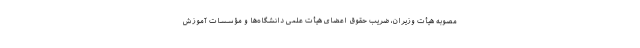
مصوبه هیأت وزیران، ضریب حقوق اعضای هیأت علمی دانشگاه‌ها و مؤسسات آموزش